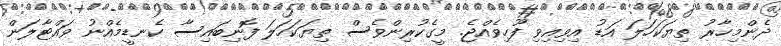
ދެންމިހާރު ތިޔަކަހަލަ އަޑު އިވިއިވި ފޫހިވެއްޖެ. މީގެކުރިންވެސް ތިޔަކަހަލަ ފޮނިބައިސާ ކެނޑީމެއްނު ވައްޓާލަން